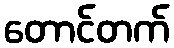
တောင်တက်